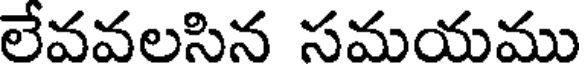
లేవవలసిన సమయము